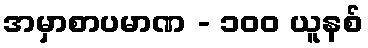
အမှာစာပမာဏ - ၁၀၀ ယူနစ်